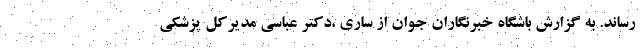
رساند. به گزارش باشگاه خبرنگاران جوان از ساری ،دکتر عباسی مدیرکل پزشکی